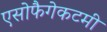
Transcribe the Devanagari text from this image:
एसोफैगेकटमी